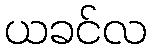
ယခင်လ